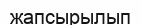
жапсырылып